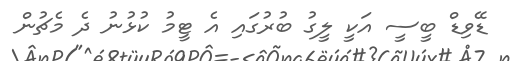
ޑޭވިޑް ބީސީ އަކީ ލީގު ބުރުގައި އެ ޓީމު ކުޅުނު ދެ މެޗުން